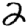
Digit: 2